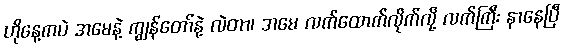
ဟိုနေ့ကပဲ အမေနဲ့ ကျွန်တော်နဲ့ လဲတာ၊ အမေ လက်ထောက်လိုက်လို့ လက်ကြီး နာနေပြီ